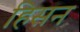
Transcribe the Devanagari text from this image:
हिसन